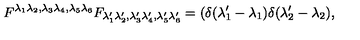
F ^ { \lambda _ { 1 } \lambda _ { 2 } , \lambda _ { 3 } \lambda _ { 4 } , \lambda _ { 5 } \lambda _ { 6 } } F _ { \lambda _ { 1 } ^ { \prime } \lambda _ { 2 } ^ { \prime } , \lambda _ { 3 } ^ { \prime } \lambda _ { 4 } ^ { \prime } , \lambda _ { 5 } ^ { \prime } \lambda _ { 6 } ^ { \prime } } = \left( \delta ( \lambda _ { 1 } ^ { \prime } - \lambda _ { 1 } ) \delta ( \lambda _ { 2 } ^ { \prime } - \lambda _ { 2 } ) , \right.